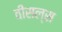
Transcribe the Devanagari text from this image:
वीसल्स